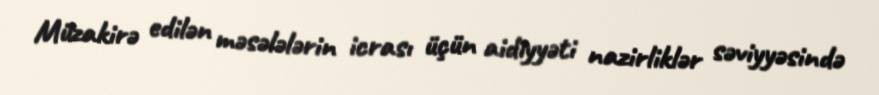
Müzakirə edilən məsələlərin icrası üçün aidiyyəti nazirliklər səviyyəsində